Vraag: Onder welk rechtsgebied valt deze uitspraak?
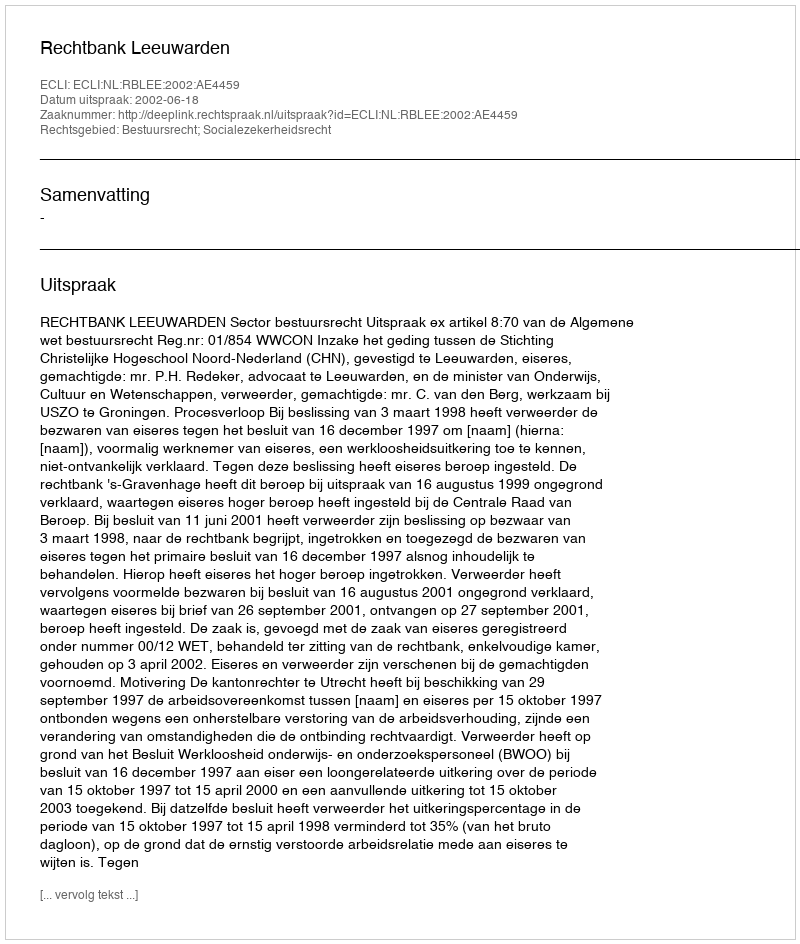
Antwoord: Bestuursrecht; Socialezekerheidsrecht